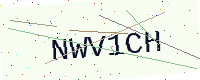
Text: NWV1CH